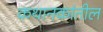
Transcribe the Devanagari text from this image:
कथानकांतील